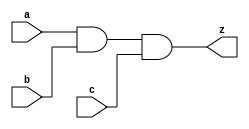
//#############################################################################
//# Function: 3-Input And Gate                                                #
//# Copyright: OH Project Authors. ALl rights Reserved.                       #
//# License:  MIT (see LICENSE file in OH repository)                         #
//#############################################################################

module asic_and3 #(parameter PROP = "DEFAULT")  (
   input  a,
   input  b,
   input  c,
   output z
   );

   assign z = a & b & c;

endmodule